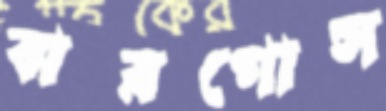
বারগোস